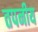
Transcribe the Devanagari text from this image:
तपनीय